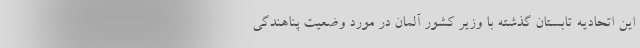
این اتحادیه تابستان گذشته با وزیر کشور آلمان در مورد وضعیت پناهندگی